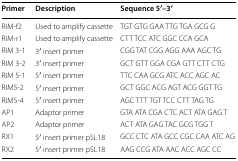
<table><thead><tr><td><b>Primer</b></td><td><b>Description</b></td><td><b>Sequence 5′–3′</b></td></tr></thead><tbody><tr><td>RIM-f2</td><td>Used to amplify cassette</td><td>TGT GTG GAA TTG TGA GCG G</td></tr><tr><td>RIM-r1</td><td>Used to amplify cassette</td><td>CTT TCC ATC GGC CCA GCA</td></tr><tr><td>RIM 3-1</td><td>3′ insert primer</td><td>CGG TAT CGG AGG AAA AGC TG</td></tr><tr><td>RIM 3-2</td><td>3′ insert primer</td><td>GCT GTT GGA CGA GTT CTT CTG</td></tr><tr><td>RIM 5-1</td><td>5′ insert primer</td><td>TTC CAA GCG ATC ACC AGC AC</td></tr><tr><td>RIM5-2</td><td>5′ insert primer</td><td>GCT GGC ACG AGT ACG GGT TG</td></tr><tr><td>RIM5-4</td><td>5′ insert primer</td><td>AGC TTT TGT TCC CTT TAG TG</td></tr><tr><td>AP1</td><td>Adaptor primer</td><td>GTA ATA CGA CTC ACT ATA GAG T</td></tr><tr><td>AP2</td><td>Adaptor primer</td><td>ACT ATA GAG TAC GCG TGG T</td></tr><tr><td>RX1</td><td>5′ insert primer pSL18</td><td>GCC CTC ATA GCC CGC CAA ATC AG</td></tr><tr><td>RX2</td><td>5′ insert primer pSL18</td><td>AAG CCG ATA AAC ACC AGC CC</td></tr></tbody></table>